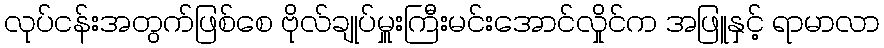
လုပ်ငန်းအတွက်ဖြစ်စေ ဗိုလ်ချုပ်မှူးကြီးမင်းအောင်လှိုင်က အဖြူနှင့် ရာမာလာ